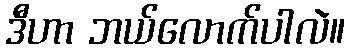
ဒီဟာ ဘယ်လောက်ပါလဲ။